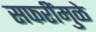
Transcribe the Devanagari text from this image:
सफरींमुळे